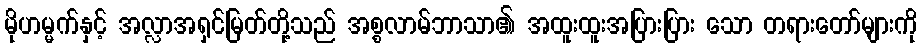
မိုဟမ္မက်နှင့် အလ္လာအရှင်မြတ်တို့သည် အစ္စလာမ်ဘာသာ၏ အထူးထူးအပြားပြား သော တရားတော်များကို